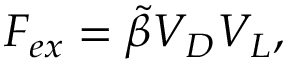
F _ { e x } = \tilde { \beta } V _ { D } V _ { L } ,